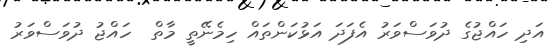
އަދި ހައްޖުގެ ދުވަސްވަރު އެފަދަ އަޅުކަންތައް ހިމެނޭތީ މާތް  ހައްޖު ދުވަސްވަރު